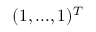
( 1 , . . . , 1 ) ^ { T }